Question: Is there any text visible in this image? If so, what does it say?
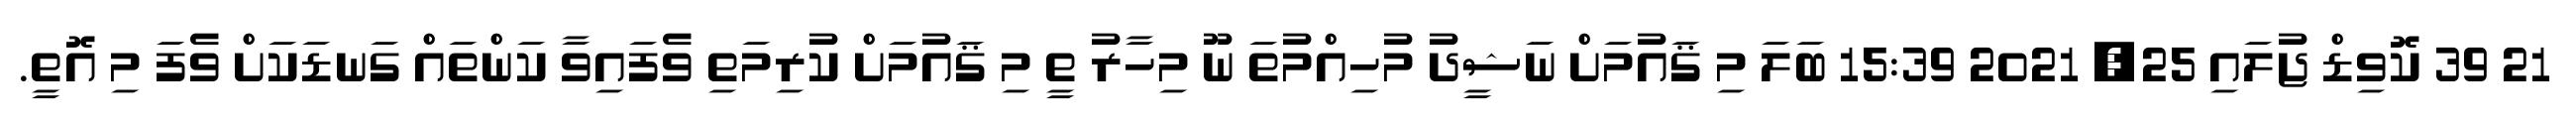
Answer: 21 39 ކޮވިޑް ޖުލައި 25, 2021 15:39 ބަލަ މި ޤައުމަށް ނަޝީދު މުހިއްމުތަ ނޫ މިހާރު ތީ މި ޤައުމަށް ކުރިމަތި ވެފައިވާ ކަންތައް ގަނޑަކަށް ވެފަ މި އޮތީ.